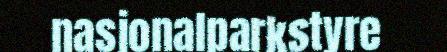
nasjonalparkstyre